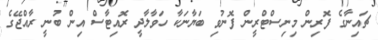
ޗައިނާގެ ފޮރިން މިނިސްޓްރީން ފޮނުވި ބަޔާނަކާ ހަވާލާދީ ރޮއިޓާސް އިން ބުނީ ރާއްޖޭގެ